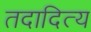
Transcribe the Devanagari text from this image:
तदादित्य